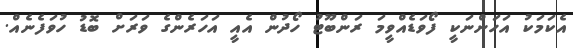
އެކަމަކު އަހަންނަކީ ފޯވަޑެއްވީމަ ރަންބޫޓު ހޯދުން އެއީ އަހަރެންގެ ވަރަށް ބޮޑު ހުވަފެނެއް.